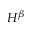
H ^ { \beta }